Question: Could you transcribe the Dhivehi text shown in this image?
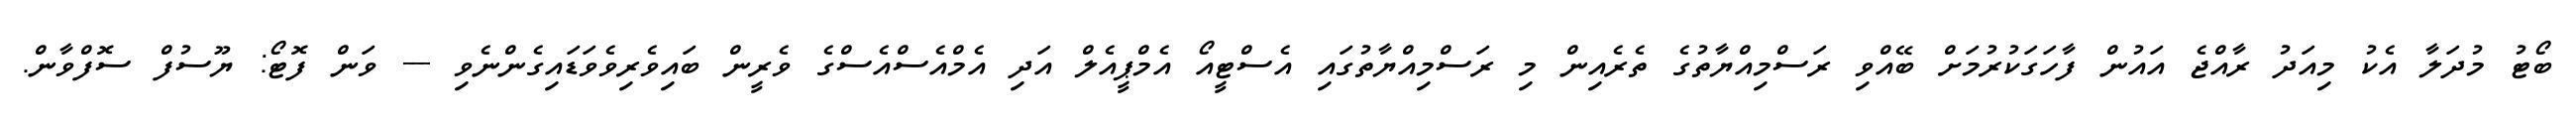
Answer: ބޯޓު މުދަލާ އެކު މިއަދު ރާއްޖެ އައުން ފާހަގަކުރުމަށް ބޭއްވި ރަސްމިއްޔާތުގެ ތެރެއިން މި ރަސްމިއްޔާތުގައި އެސްޓީއޯ އެމްޕީއެލް އަދި އެމްއެސްއެސްގެ ވެރީން ބައިވެރިވެވަޑައިގެންނެވި --- ވަން ފޮޓޯ: ޔޫސުފް ސޮފްވާން.